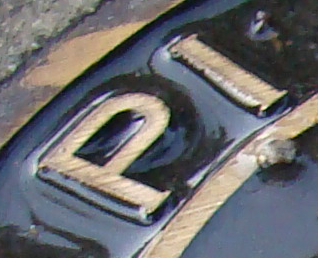
PI